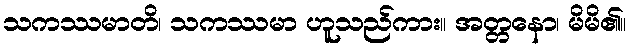
သကဿမာတိ၊ သကဿမာ ဟူသည်ကား။ အတ္တနော၊ မိမိ၏။